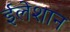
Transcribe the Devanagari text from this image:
ईलेशान